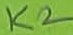
Text: K2